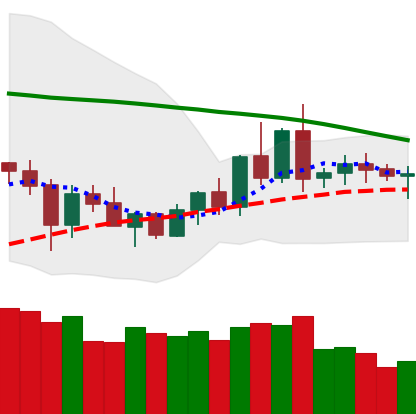
Ticker: XRP-USD
Chart end date: 2020-06-07
Forward return: -4.672%
Label: down_3_5